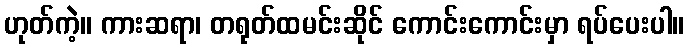
ဟုတ်ကဲ့။ ကားဆရာ၊ တရုတ်ထမင်းဆိုင် ကောင်းကောင်းမှာ ရပ်ပေးပါ။